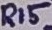
Text: R15